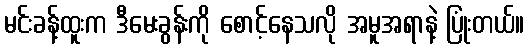
မင်းခန့်ထူးက ဒီမေးခွန်းကို စောင့်နေသလို အမူအရာနဲ့ ပြုံးတယ်။